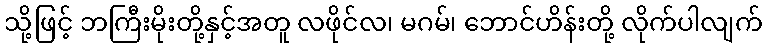
သို့ဖြင့် ဘကြီးမိုးတို့နှင့်အတူ လဖိုင်လ၊ မဂမ်၊ ဘောင်ဟိန်းတို့ လိုက်ပါလျက်